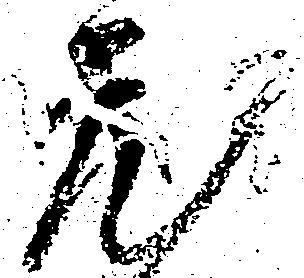
兎